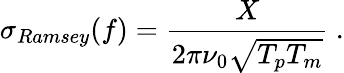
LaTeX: \sigma_{Ramsey}(f)=\frac{X}{2\pi\nu_{0}\sqrt{T_{p}T_{m}}}\ .